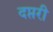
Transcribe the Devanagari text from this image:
दप्तरी